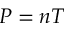
P = n T